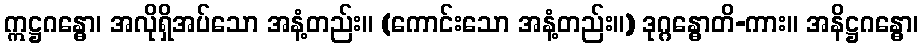
ဣဋ္ဌဂန္ဓော၊ အလိုရှိအပ်သော အနံ့တည်း။ (ကောင်းသော အနံ့တည်း။) ဒုဂ္ဂန္ဓောတိ-ကား။ အနိဋ္ဌဂန္ဓော၊